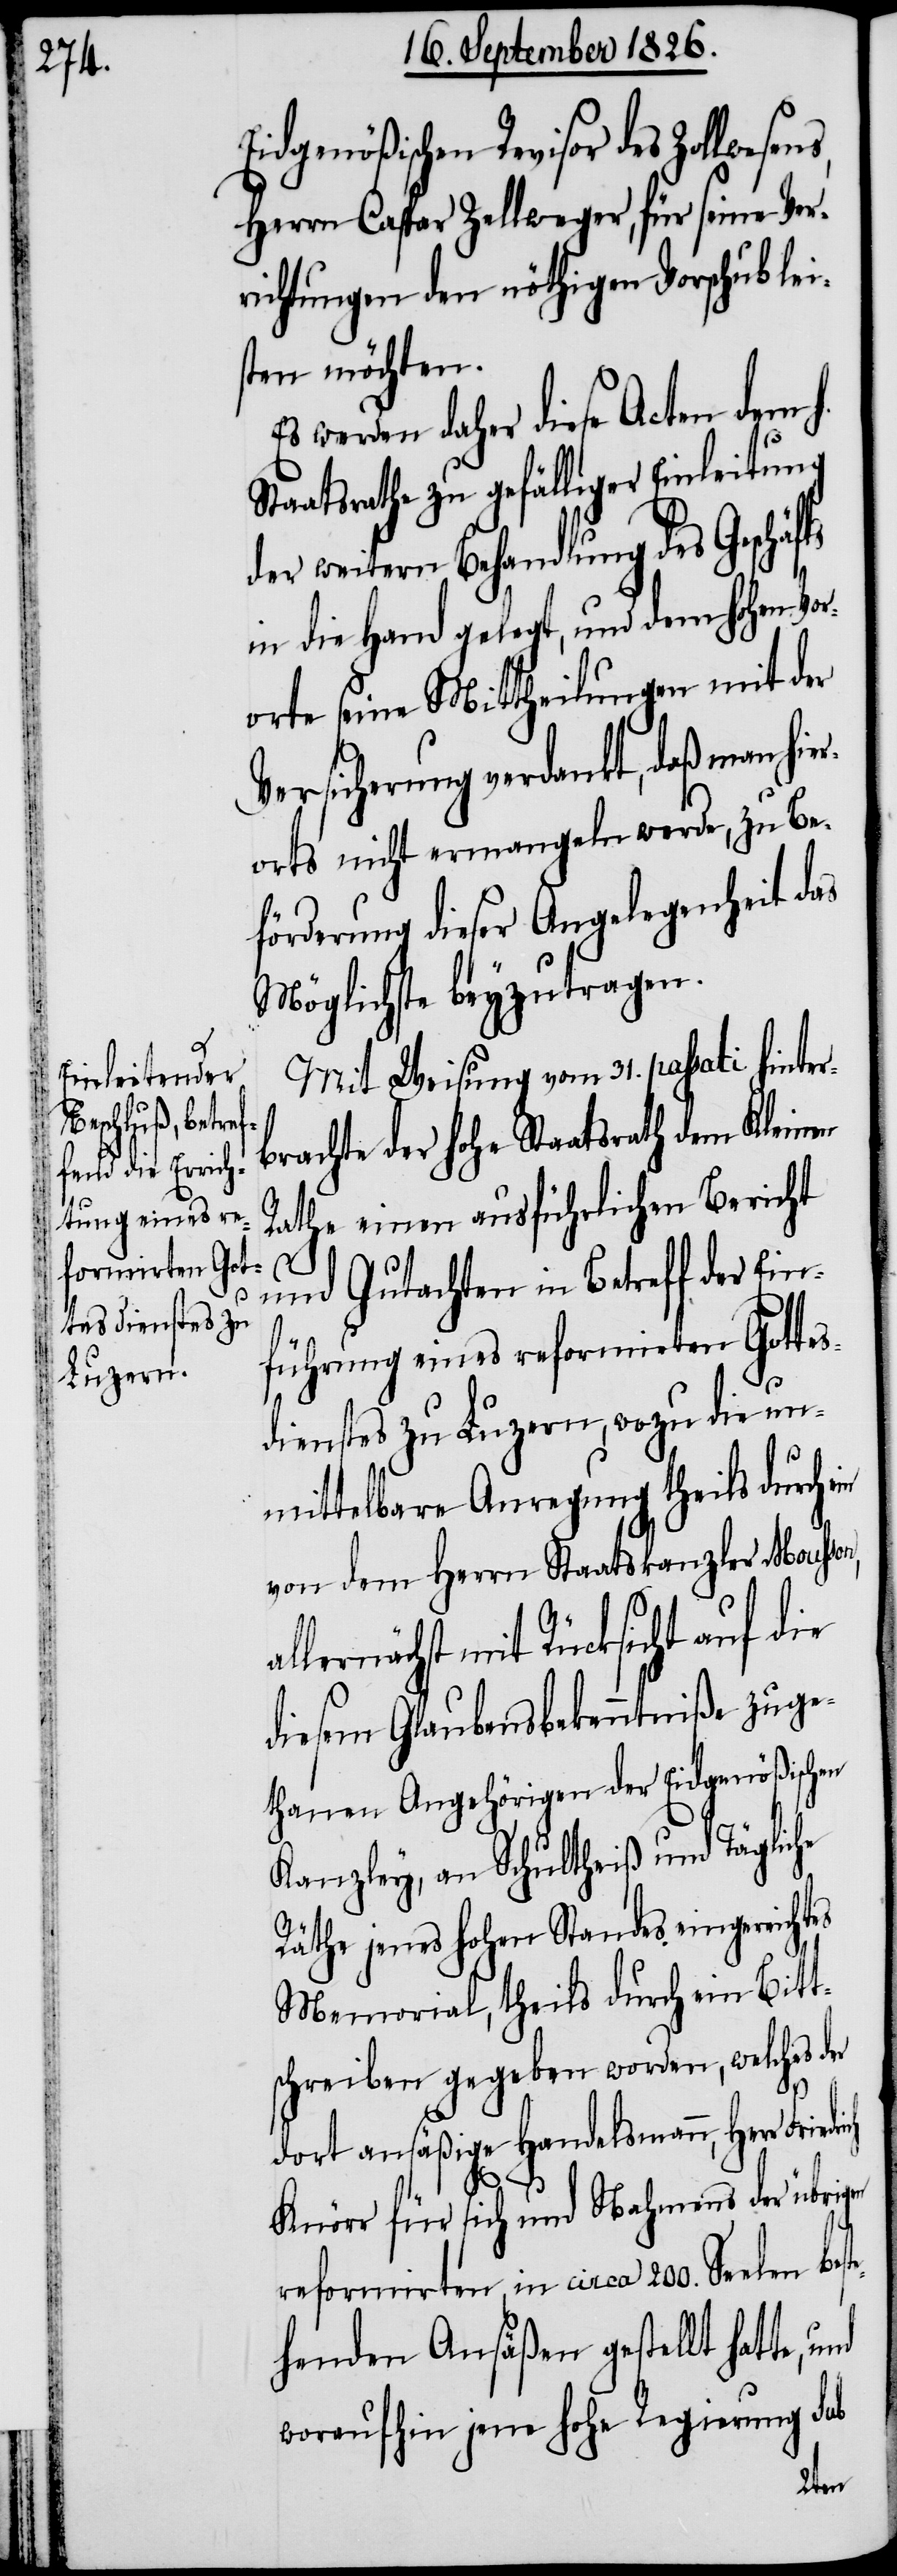
Eidgenößischen Revisor des Zollwesen¬
Herrn Caspar Zellweger, für seine Ver¬
richtungen den nöthigen Vorschub lei¬
sten möchten.
Es werden daher diese Acten dem h.
Staatsrathe zu gefälliger Einleitung
der weitern Behandlung des Geschäf¬
in die Hand gelegt, und dem hohen Vo¬
rorte seine Mittheilungen mit der
Versicherung verdankt, daß man hie¬
rorts nicht ermangeln werde, zu Be¬
förderung dieser Angelegenheit das
Möglichste beyzutragen.
Mit Weisung vom 3. passati hinter¬
brachte der hohe Staatsrath dem Kleinen
Rathe einen ausführlichen Bericht
al¬
und Gutachten in Betreff der Ein¬
führung eines reformirten Gottes¬
dienstes zu Luzern, wozu die un¬
mittelbare Anregung theils durch
von dem Herrn Staatskanzler Mousson,
lernächst mit Rücksicht auf die
diesem Glaubensbekenntniße zuge¬
thanen Angehörigen der Eidgenößischen
Kanzley, an Schultheiß und Tägliche
Räthe jenes hohen Standes eingereich¬
Memorial, theils durch ein Bitt¬
schreiben gegeben worden, welches der
dort ansäßige Handelsmann, Herr
Knörr für sich und Nahmens der übrigen
reformirten, in circa 200. Seelen best¬
ehenden Ansäßen gestellt hatte,
woraufhin jene hohe Regierung sub
tes